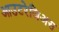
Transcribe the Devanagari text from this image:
आउटरेजिअस